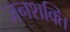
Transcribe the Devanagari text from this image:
जनशक्‍ति